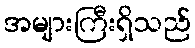
အများကြီးရှိသည်